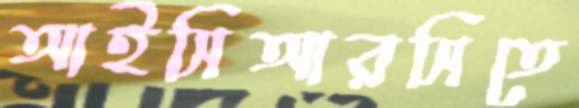
আইসিআরসিতে